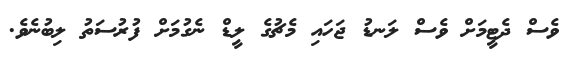
ވެސް ދެޓީމަށް ވެސް ލަނޑު ޖަހައި މެޗުގެ ލީޑް ނެގުމަށް ފުރުސަތު ލިބުނެވެ.